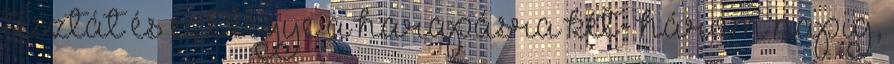
tésztát és ezt tegye a harapásra két- három napig,